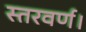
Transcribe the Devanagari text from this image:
स्तरवर्ण।